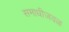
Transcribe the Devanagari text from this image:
समाधीजवळ